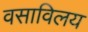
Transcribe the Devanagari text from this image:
वसाविलय